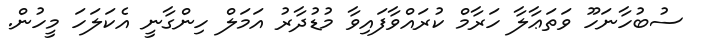
ސުބުހާނަހޫ ވަތަޢާލާ ހަރާމް ކުރައްވާފައިވާ މުޑުދާރު އަމަލް ހިންގާނީ އެކަލަހަ މީހުން.